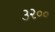
૩૨૦૦